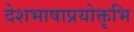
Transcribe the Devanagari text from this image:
देशभाषाप्रयोक्तृभि